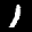
Label: 1